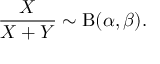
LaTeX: { \frac { X } { X + Y } } \sim \mathrm { B } ( \alpha , \beta ) .